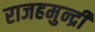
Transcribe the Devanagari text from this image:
राजहमुन्द्री